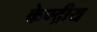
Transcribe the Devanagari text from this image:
केण्द्रीय